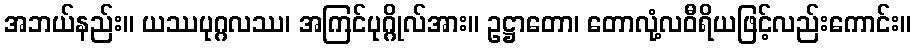
အဘယ်နည်း။ ယဿပုဂ္ဂလဿ၊ အကြင်ပုဂ္ဂိုလ်အား။ ဥဋ္ဌာတော၊ တောလုံ့လဝီရိယဖြင့်လည်းကောင်း။